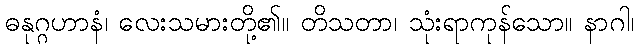
ဓနုဂ္ဂဟာနံ၊ လေးသမားတို့၏။ တိသတာ၊ သုံးရာကုန်သော။ နာဂါ၊